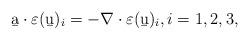
LaTeX: \begin{align*}\b a\cdot \varepsilon(\b u)_i=-\nabla\cdot \varepsilon(\b u)_i,i=1,2,3,\end{align*}